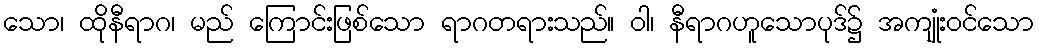
သော၊ ထိုနီရာဂ၊ မည် ကြောင်းဖြစ်သော ရာဂတရားသည်။ ဝါ၊ နီရာဂဟူသောပုဒ်၌ အကျုံးဝင်သော